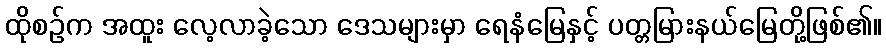
ထိုစဉ်က အထူး လေ့လာခဲ့သော ဒေသများမှာ ရေနံမြေနှင့် ပတ္တမြားနယ်မြေတို့ဖြစ်၏။